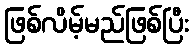
ဖြစ်လိမ့်မည်ဖြစ်ပြီး